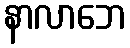
နာလာဘေ